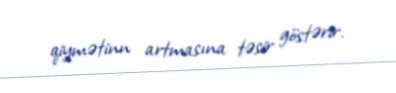
qiymətinn artmasına təsir göstərir.